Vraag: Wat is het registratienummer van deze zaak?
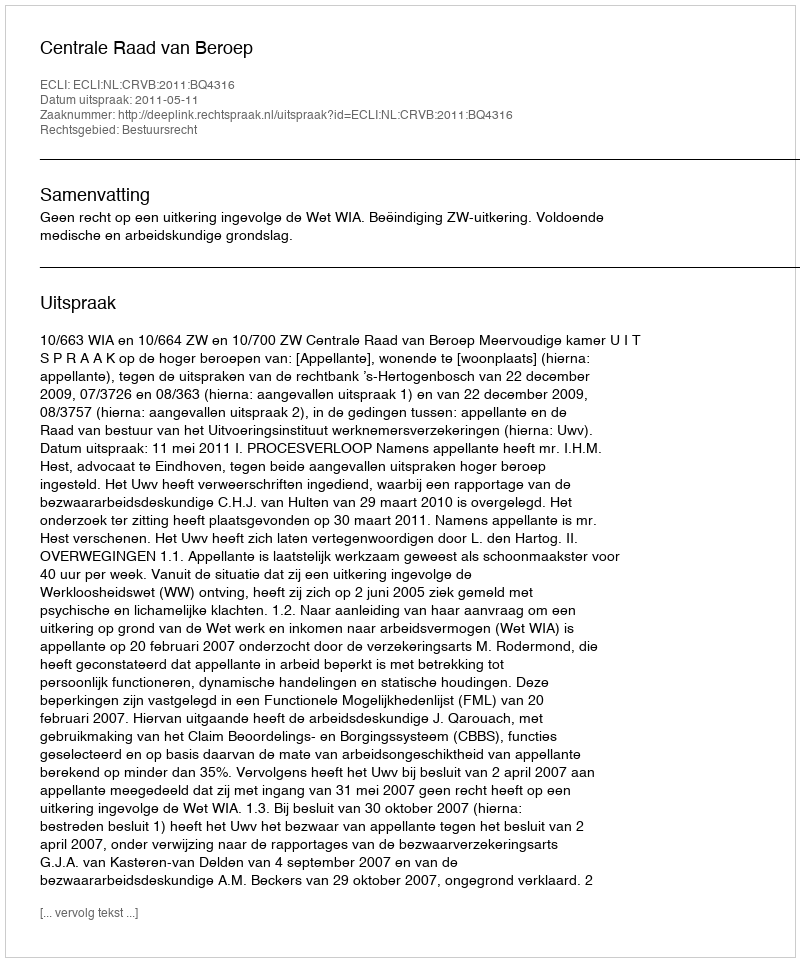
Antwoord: http://deeplink.rechtspraak.nl/uitspraak?id=ECLI:NL:CRVB:2011:BQ4316